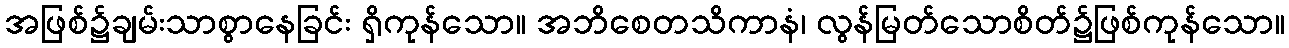
အဖြစ်၌ချမ်းသာစွာနေခြင်း ရှိကုန်သော။ အဘိစေတသိကာနံ၊ လွန်မြတ်သောစိတ်၌ဖြစ်ကုန်သော။